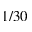
1 / 3 0